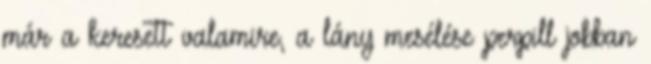
már a keresett valamire, a lány mesélése perpill jobban